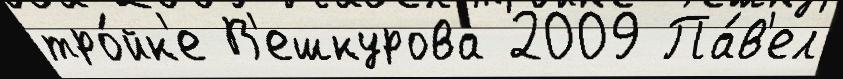
тро́йк'е В'ешкурова 2009 Па́в'ел